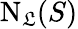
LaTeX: \mathrm{N}_{\mathfrak{L}}(S)